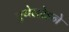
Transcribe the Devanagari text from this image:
एथेलरेडने